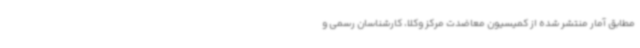
مطابق آمار منتشر شده از کمیسیون معاضدت مرکز وکلا، کارشناسان رسمی و